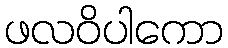
ဖလဝိပါကော